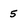
Character: 5